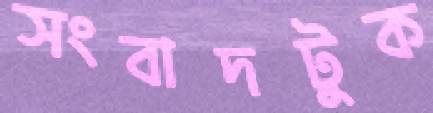
সংবাদটুক